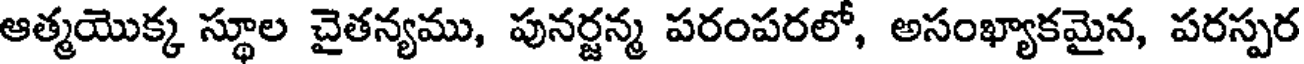
ఆత్మయొక్క స్థూల చైతన్యము, పునర్జన్మ పరంపరలో, అసంఖ్యాకమైన, పరస్పర